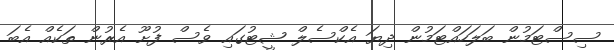
ސިސްޓަމުން ބަލަހައްޓަމުން ދިޔަ އެކްސެލް ޝީޓުގައި ވެސް ފުށޫ އެރުން ތަކެއް އެބަ